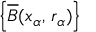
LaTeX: \textstyle \left\{ { \overline { { B } } } ( x _ { \alpha } , \, r _ { \alpha } ) \right\}